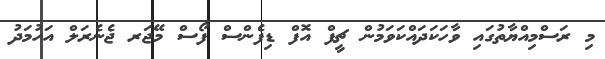
މި ރަސްމިއްޔާތުގައި ވާހަކަދައްކަވަމުން ޗީފް އޮފް ޑިފެންސް ފޯސް މޭޖަރ ޖެނެރަލް އަހުމަދު